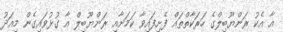
އާ އެކު ރަންޔޫބިލްގެ ހަރަކާތްތައް ފެށިފައިވާ ކަމަށާއި ރަންޔޫބިލް އާ ގުޅުވައިގެން މިއަދު